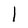
Character: l